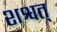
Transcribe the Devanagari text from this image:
शश्वत्